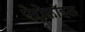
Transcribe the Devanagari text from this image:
ऐरोफ़ॉइल